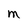
Character: M